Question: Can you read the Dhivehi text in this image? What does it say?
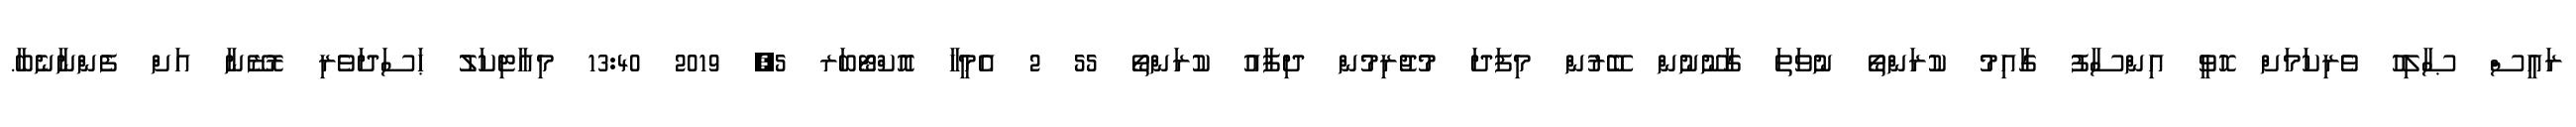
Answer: ރައީސް ޞާލިހު ވެރިކަމަށް ހޮވީ އިންސާފު ގާއިމު ކުރަންތޯ ނުވަތަ ގާނޫނުން ބޭރުން މިފަދަ މުޖުރިމުން ދިފާއު ކުރަންތޯ 55 2 އެމީހާ އޮކްޓޯބަރ 5, 2019 13:40 މިއާޓިކަލު ޙަސަދަވެރި ރޮޒޭނާ އަށް ފެންނާނެބާ.